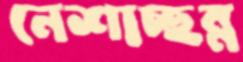
নেশাচ্ছন্ন